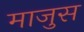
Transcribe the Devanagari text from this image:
माजुस